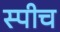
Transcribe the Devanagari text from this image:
स्‍पीच